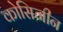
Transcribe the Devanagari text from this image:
कोसिजीन